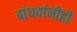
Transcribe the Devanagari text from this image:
बांधवांनीही